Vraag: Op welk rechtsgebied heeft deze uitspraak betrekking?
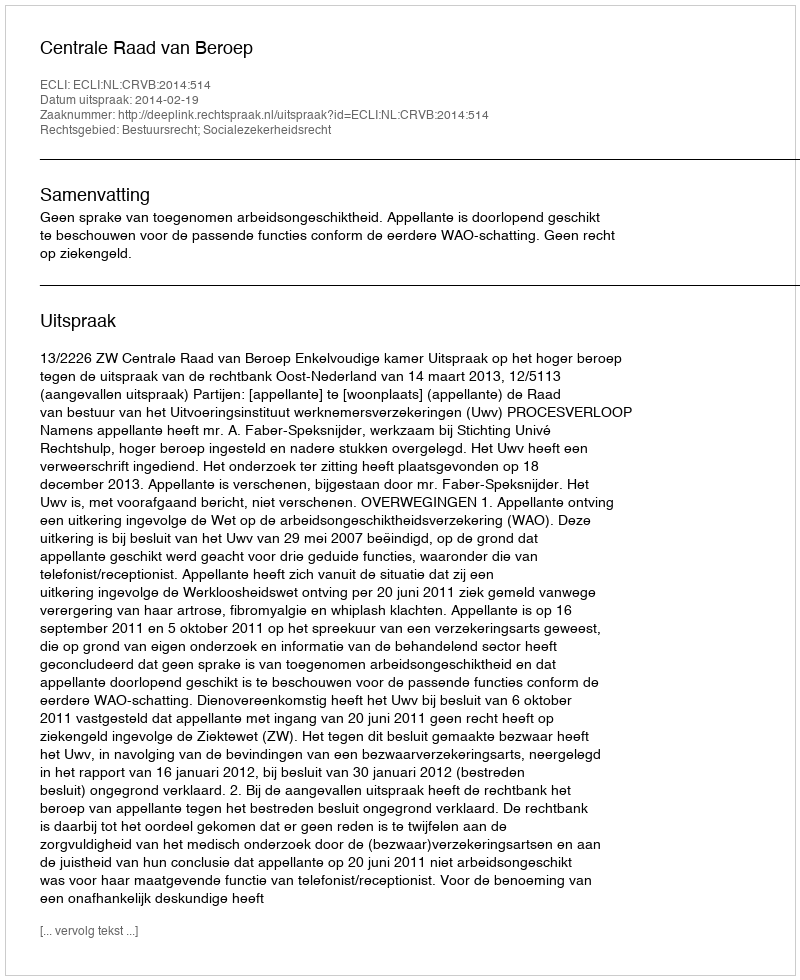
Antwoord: Bestuursrecht; Socialezekerheidsrecht